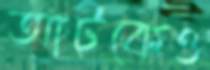
আটকেও